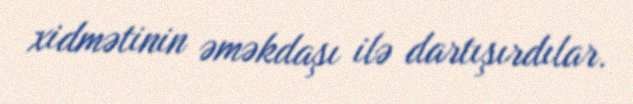
xidmətinin əməkdaşı ilə dartışırdılar.